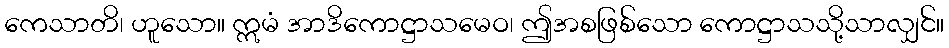
ကေသာတိ၊ ဟူသော။ ဣမံ အာဒိကောဋ္ဌာသမေဝ၊ ဤအစဖြစ်သော ကောဋ္ဌာသသို့သာလျှင်။